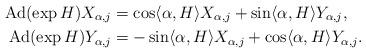
LaTeX: \begin{align*}\mathrm{Ad}(\exp H) X_{\alpha, j} &= \cos \langle \alpha, H \rangle X_{\alpha, j} + \sin \langle \alpha, H \rangle Y_{\alpha, j},\\\mathrm{Ad}(\exp H) Y_{\alpha, j} &= -\sin \langle \alpha, H \rangle X_{\alpha, j} + \cos \langle \alpha, H \rangle Y_{\alpha, j}.\end{align*}